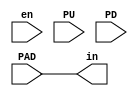
module di(in, en, PU, PD, PAD);
    output in;
    
    input PU;
    input PD;
    input en;

    input PAD;

    assign in = PAD;
endmodule